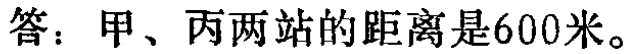
答：甲、丙两站的距离是600米。